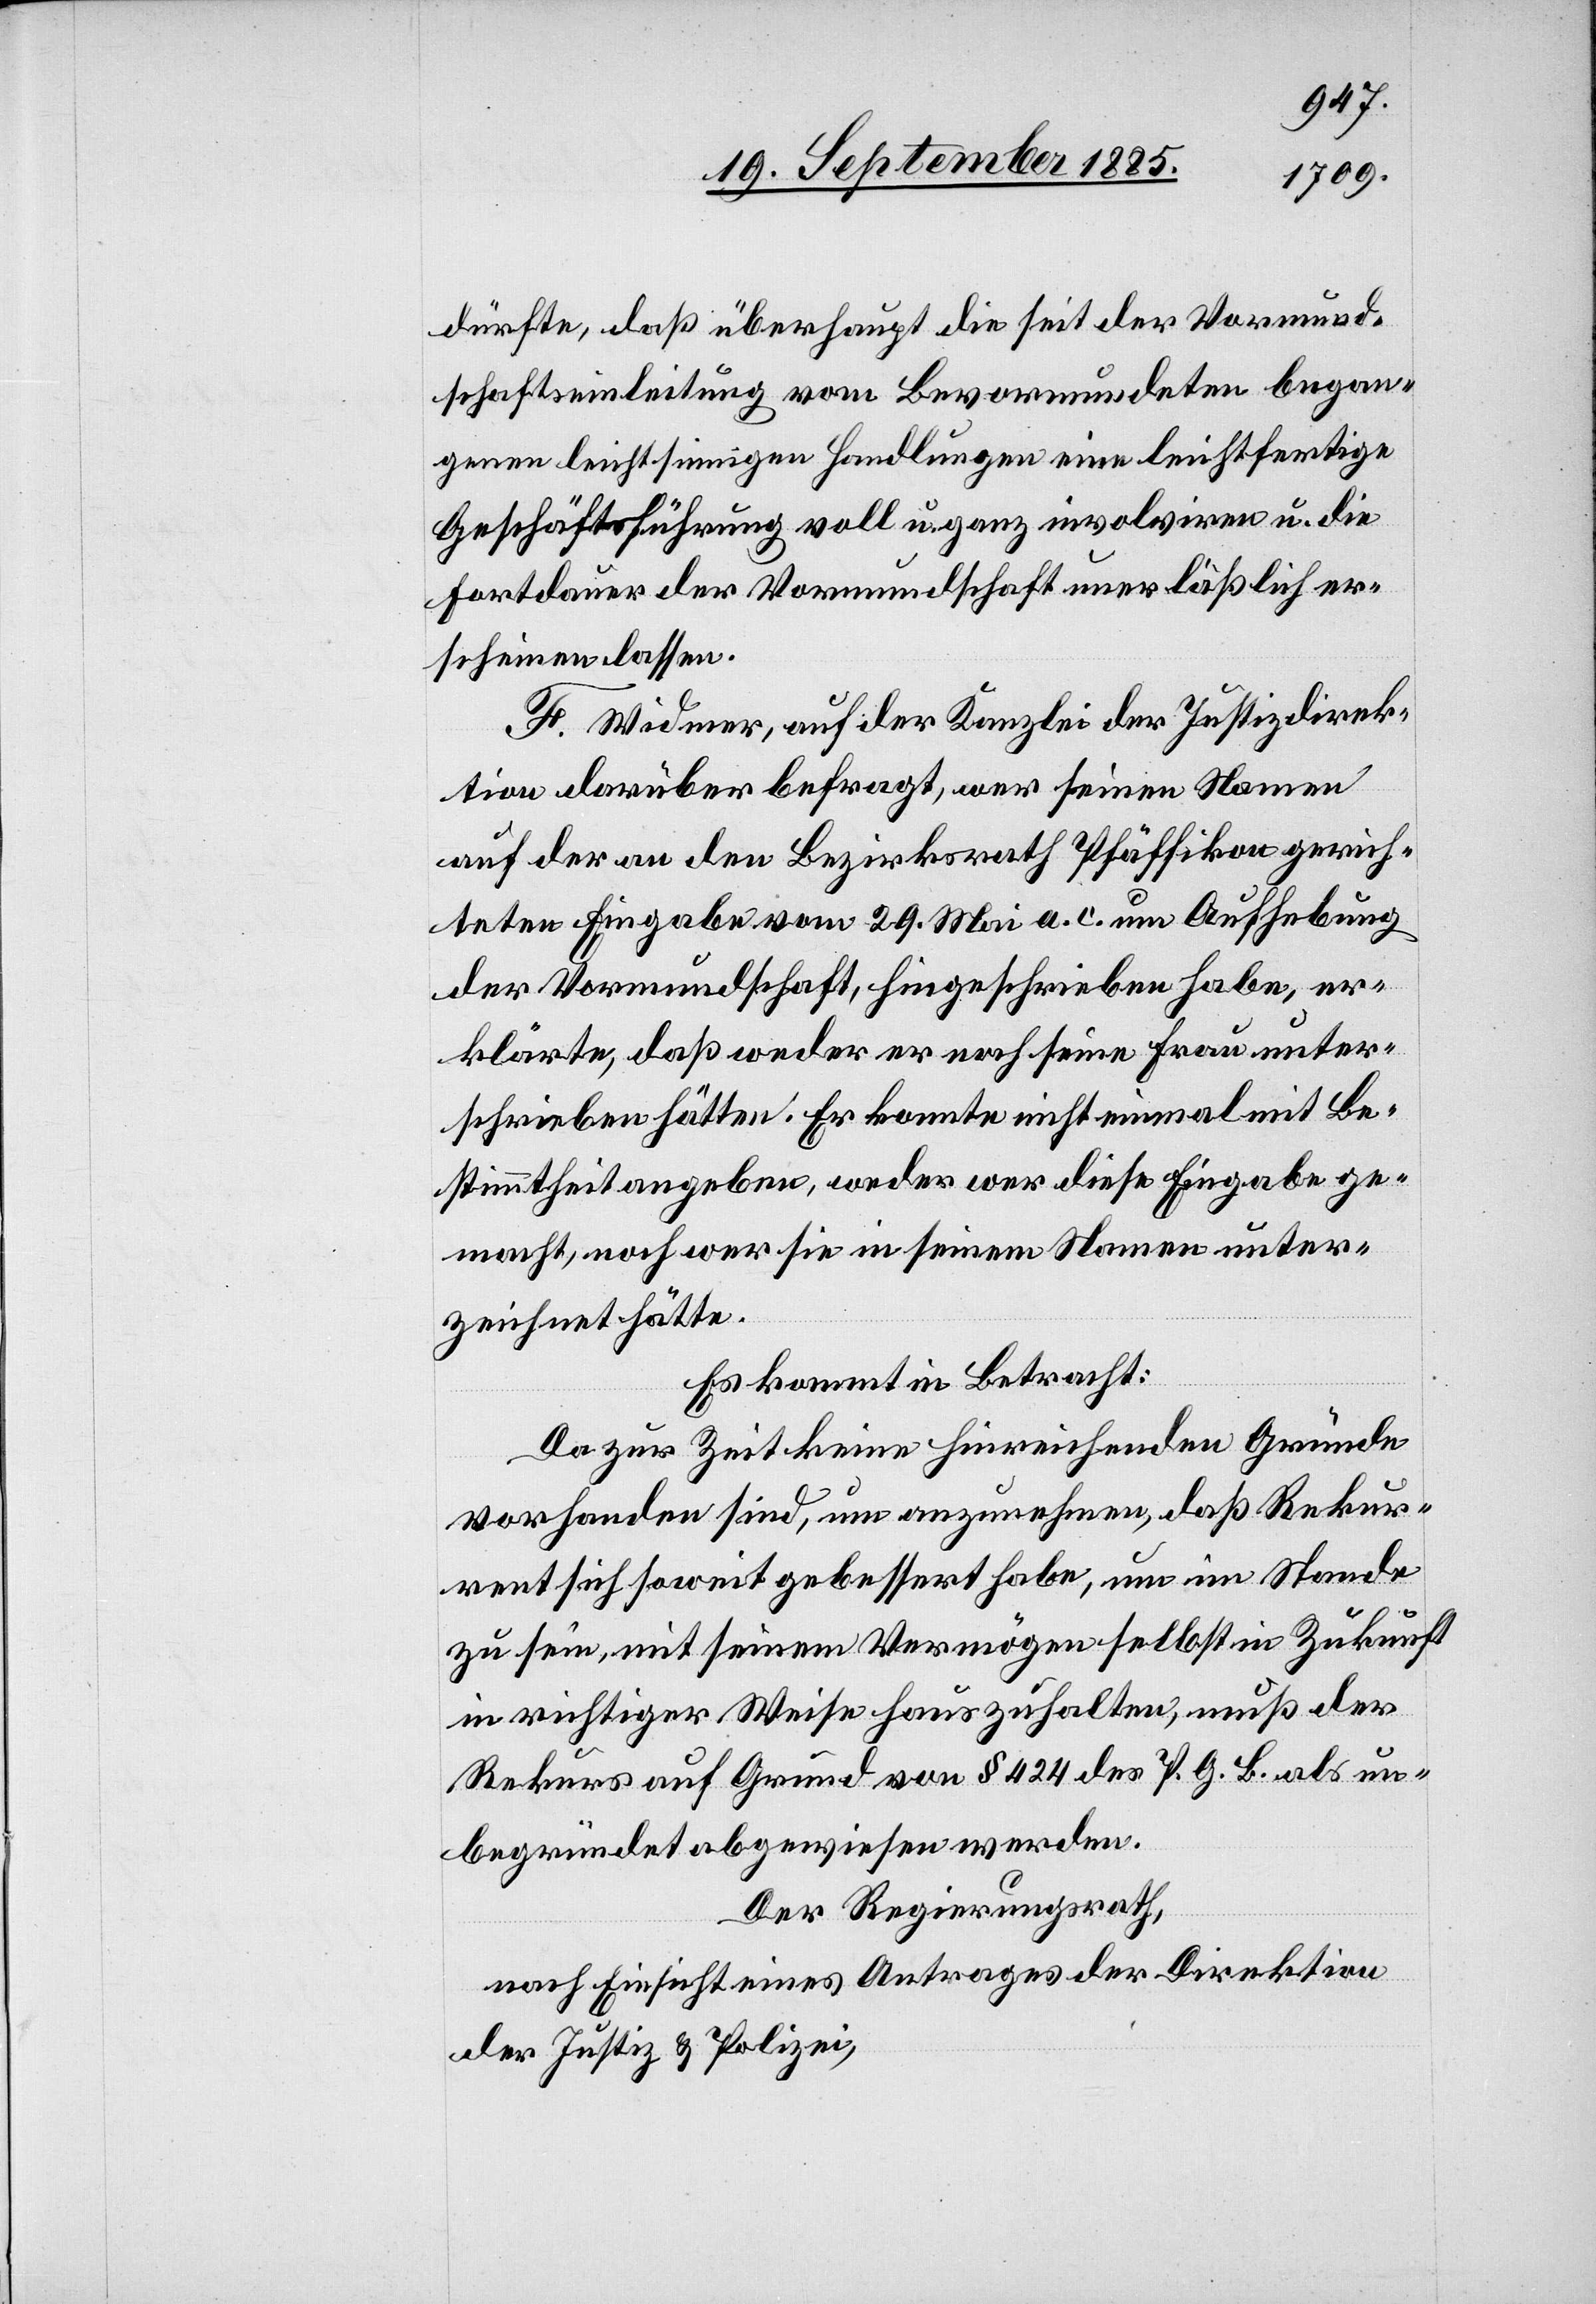
dürfte, daß überhaupt die seit der Vormund¬
schaftseinleitung vom Bevormundeten began¬
genen leichtsinnigen Handlungen eine leichtfertige
Geschäftsführung voll u. ganz involviren u. die
Fortdauer der Vormundschaft unerläßlich er¬
scheinen lassen.
F. Widmer, auf der Kanzlei der Justizdirek¬
tion darüber befragt, wer seinen Namen
auf der an den Bezirksrath Pfäffikon gerich¬
teten Eingabe vom 29. Mai a. c. um Aufhebung
der Vormundschaft, hingeschrieben habe, er¬
klärte, daß weder er noch seine Frau unter¬
schrieben hätten. Er konnte nicht einmal mit Be¬
stimmtheit angeben, weder wer diese Eingabe ge¬
macht, noch wer sie in seinem Namen unter¬
zeichnet hätte.
Es kommt in Betracht:
Da zur Zeit keine hinreichenden Gründe
vorhanden sind, um anzunehmen, daß Rekur¬
rent sich soweit gebessert habe, um im Stande
zu sein, mit seinem Vermögen selbst in Zukunft
in richtiger Weise hauszuhalten, muß der
Rekurs auf Grund von § 424 des P. G. B. als un¬
begründet abgewiesen werden.
Der Regierungsrath,
nach Einsicht eines Antrages der Direktion
der Justiz & Polizei,